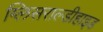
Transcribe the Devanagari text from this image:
ग्लिसराल्डीहाइड